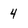
Character: 4